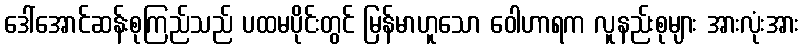
ဒေါ်အောင်ဆန်းစုကြည်သည် ပထမပိုင်းတွင် မြန်မာဟူသော ဝေါဟာရက လူနည်းစုများ အားလုံးအား